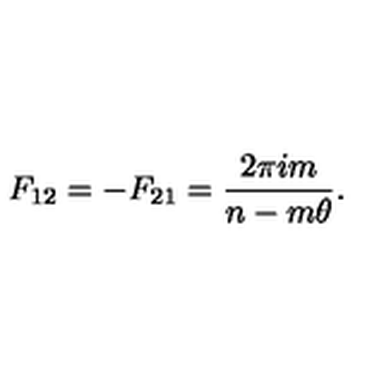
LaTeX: F _ { 1 2 } = - F _ { 2 1 } = \frac { 2 \pi i m } { n - m \theta } .